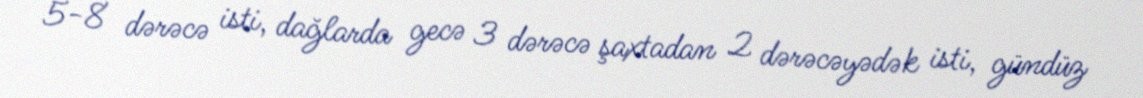
5-8 dərəcə isti, dağlarda gecə 3 dərəcə şaxtadan 2 dərəcəyədək isti, gündüz